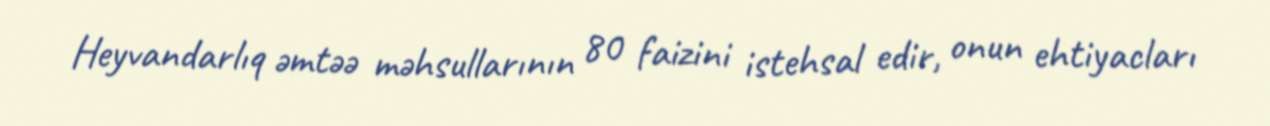
Heyvandarlıq əmtəə məhsullarının 80 faizini istehsal edir, onun ehtiyacları